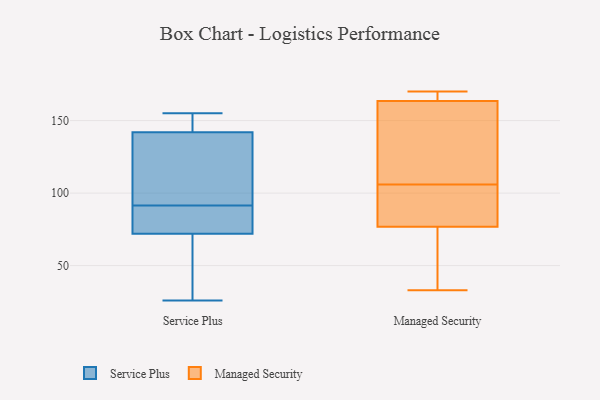
{"axis": {"x": "Customer Acquisition Cost (USD)", "y": "Value"}, "legend": ["Managed Security", "Service Plus"], "data": [{"x": "", "y": 72, "type": "Service Plus"}, {"x": "", "y": 26, "type": "Service Plus"}, {"x": "", "y": 106, "type": "Service Plus"}, {"x": "", "y": 155, "type": "Service Plus"}, {"x": "", "y": 144, "type": "Service Plus"}, {"x": "", "y": 111, "type": "Service Plus"}, {"x": "", "y": 142, "type": "Service Plus"}, {"x": "", "y": 77, "type": "Service Plus"}, {"x": "", "y": 75, "type": "Service Plus"}, {"x": "", "y": 51, "type": "Service Plus"}, {"x": "", "y": 149, "type": "Managed Security"}, {"x": "", "y": 58, "type": "Managed Security"}, {"x": "", "y": 164, "type": "Managed Security"}, {"x": "", "y": 167, "type": "Managed Security"}, {"x": "", "y": 106, "type": "Managed Security"}, {"x": "", "y": 170, "type": "Managed Security"}, {"x": "", "y": 33, "type": "Managed Security"}, {"x": "", "y": 162, "type": "Managed Security"}, {"x": "", "y": 79, "type": "Managed Security"}, {"x": "", "y": 87, "type": "Managed Security"}, {"x": "", "y": 76, "type": "Managed Security"}]}